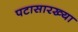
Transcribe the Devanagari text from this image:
पटासारख्या